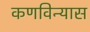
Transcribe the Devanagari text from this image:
कणविन्यास